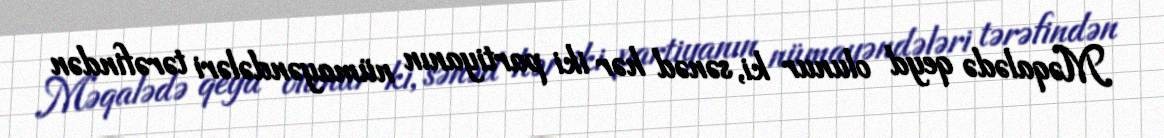
Məqalədə qeyd olunur ki, sənəd hər iki partiyanın nümayəndələri tərəfindən